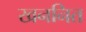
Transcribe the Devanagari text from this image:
खननित